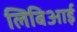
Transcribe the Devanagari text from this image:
लिबिआई